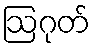
ဩဂုတ်